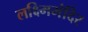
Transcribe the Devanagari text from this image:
लक्ष्मिमंदिर